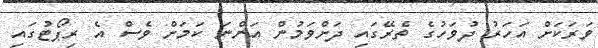
ވަރަކަށް އަހަރު ދުވަހުގެ ތެރޭގައި ދަށްވަމުން އަންނަ ކަމަށް ވެސް އެ ރިޕޯޓުގައި